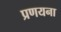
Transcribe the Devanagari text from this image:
प्रणयना